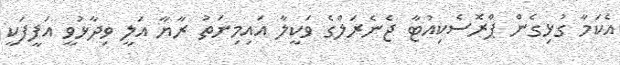
އެކަމާ ގުޅިގެން ޕްރޮސެކިއުޓާ ޖެނެރަލްގެ ވަކީލާ އައިމިނަތު ރާޔާ އަލީ ވިދާޅުވީ އަފީފަކީ